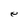
Character: e